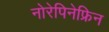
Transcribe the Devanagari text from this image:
नोरेपिनेफ्रिन